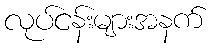
လုပ်ငန်းများအနက်